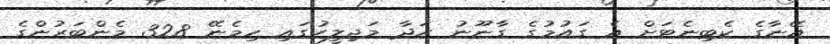
އޭނާގެ ކެބިނެޓަށް އެ ގައުމުގެ ގާނޫނު ހަދާ މަޖިލީހުގައި ހިމެނޭ 328 މެންބަރުންގެ